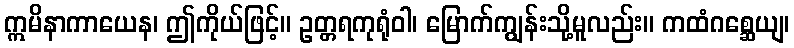
ဣမိနာကာယေန၊ ဤကိုယ်ဖြင့်။ ဥတ္တရကုရုံဝါ၊ မြောက်ကျွန်းသို့မူလည်း။ ကထံဂစ္ဆေယျ၊